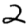
Digit: 2